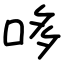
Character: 哆